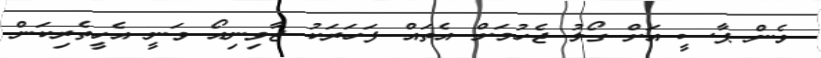
ވެން ޕާސީ އަށް ގޯލު ޖެހުމަށް އެތައް ފަހަރަކު ޖާވިނިއޯ ވަނީ އެހީތެރިކަން